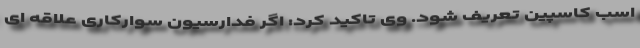
اسب کاسپین تعریف شود. وی تاکید کرد: اگر فدارسیون سوارکاری علاقه ای